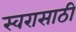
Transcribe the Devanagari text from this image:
स्वरासाठी